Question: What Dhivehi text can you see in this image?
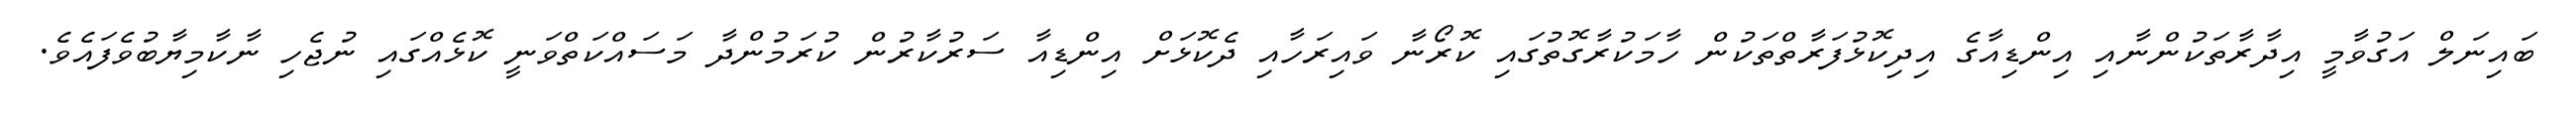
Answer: ބައިނަލް އަގުވާމީ އިދާރާތަކުންނާއި އިންޑިއާގެ އިދިކޮޅުފަރާތްތަކުން ހާމަކުރާގޮތުގައި ކޮރޯނާ ވައިރަހާއި ދެކޮޅަށް އިންޑިއާ ސަރުކާރުން ކުރަމުންދާ މަސައްކަތްވަނީ ކޮޅެއްގައި ނުޖެހި ނާކާމިޔާބުވެފައެވެ.